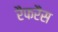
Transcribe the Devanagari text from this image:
रैफरैंस